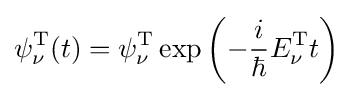
\psi _{\nu }^{\text{T}}(t)=\psi _{\nu }^{\text{T}}\exp \left(-{\frac {i}{\hbar }}E_{\nu }^{\text{T}}t\right)